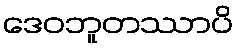
ဒေဝဘူတဿာပိ